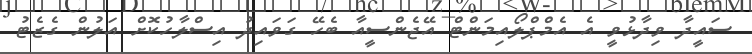
ސައީދާ ވިދާޅުވީ އެ އެމްޕްލޯއިމަންޓް އޭޖެންސީއާ ބެހޭ ގަވައިދު އިސްލާހުކޮށް އަލުން ގެޒެޓު